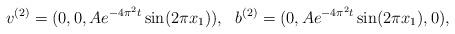
LaTeX: \begin{align*}v^{(2)}=(0,0,Ae^{-4\pi^2 t}\sin(2\pi x_1)),~~ b^{(2)}=(0,Ae^{-4\pi^2 t}\sin(2\pi x_1),0), \end{align*}